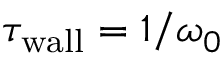
\tau _ { \mathrm { w a l l } } = 1 / \omega _ { 0 }